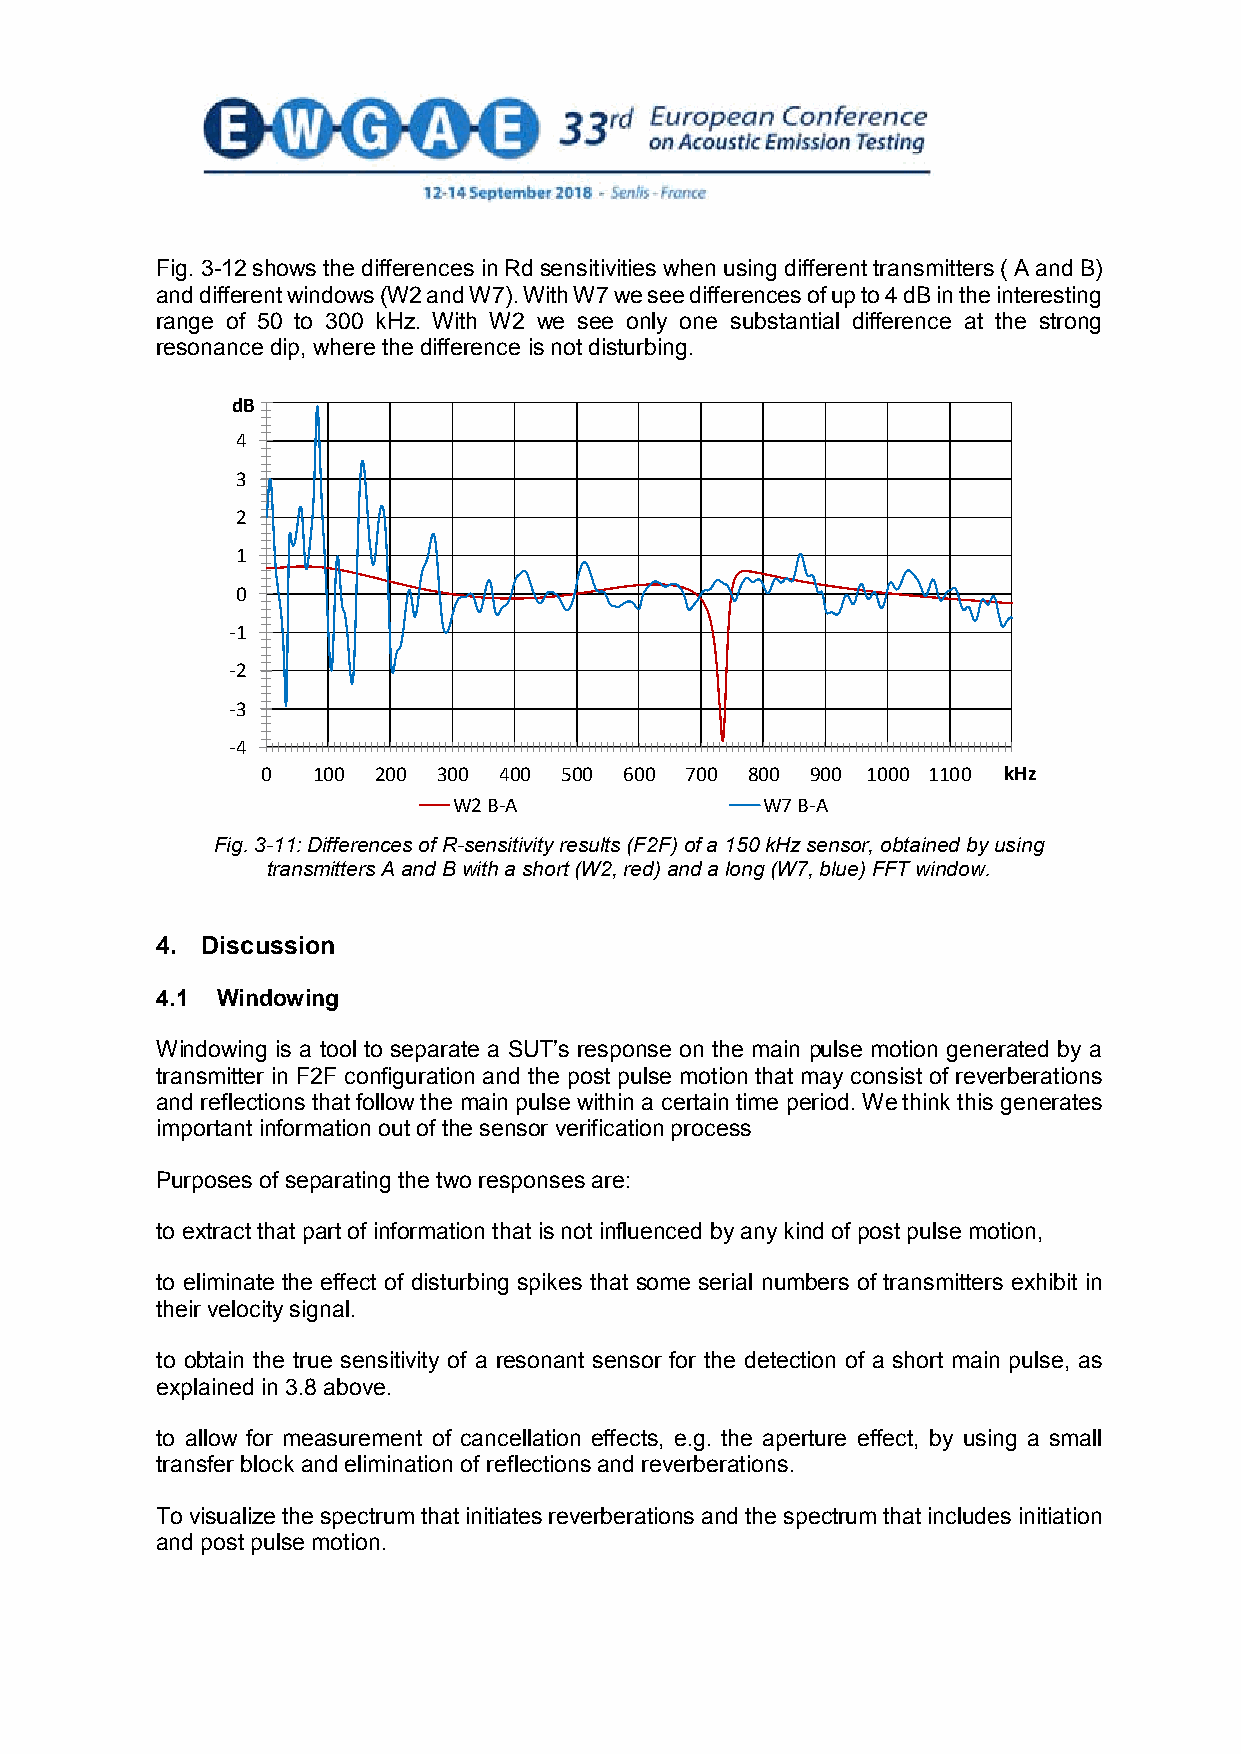
Fig. 3-12 shows the differences in Rd sensitivities when using different transmitters ( A and B)
 and different windows (W2 and W7). With W7 we see differences of up to 4 dB in the interesting
 range of 50 to 300 kHz. With W2 we see only one substantial difference at the strong
 resonance dip, where the difference is not disturbing.
 d5B
 4
 3
 2
 1
 0
 -1
 -2
 -3
 -4
 0   100 200 300 400 500 600 700 800  900 1000 1100 12k0H0z
 W2 B-A              W7 B-A
 Fig. 3-11: Differences of R-sensitivity results (F2F) of a 150 kHz sensor, obtained by using
 transmitters A and B with a short (W2, red) and a long (W7, blue) FFT window.
 4. Discussion
 4.1 Windowing
 Windowing is a tool to separate a SUT’s response on the main pulse motion generated by a
 transmitter in F2F configuration and the post pulse motion that may consist of reverberations
 and reflections that follow the main pulse within a certain time period. We think this generates
 important information out of the sensor verification process
 Purposes of separating the two responses are:
 to extract that part of information that is not influenced by any kind of post pulse motion,
 to eliminate the effect of disturbing spikes that some serial numbers of transmitters exhibit in
 their velocity signal.
 to obtain the true sensitivity of a resonant sensor for the detection of a short main pulse, as
 explained in 3.8 above.
 to allow for measurement of cancellation effects, e.g. the aperture effect, by using a small
 transfer block and elimination of reflections and reverberations.
 To visualize the spectrum that initiates reverberations and the spectrum that includes initiation
 and post pulse motion.
 15